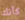
كأنك